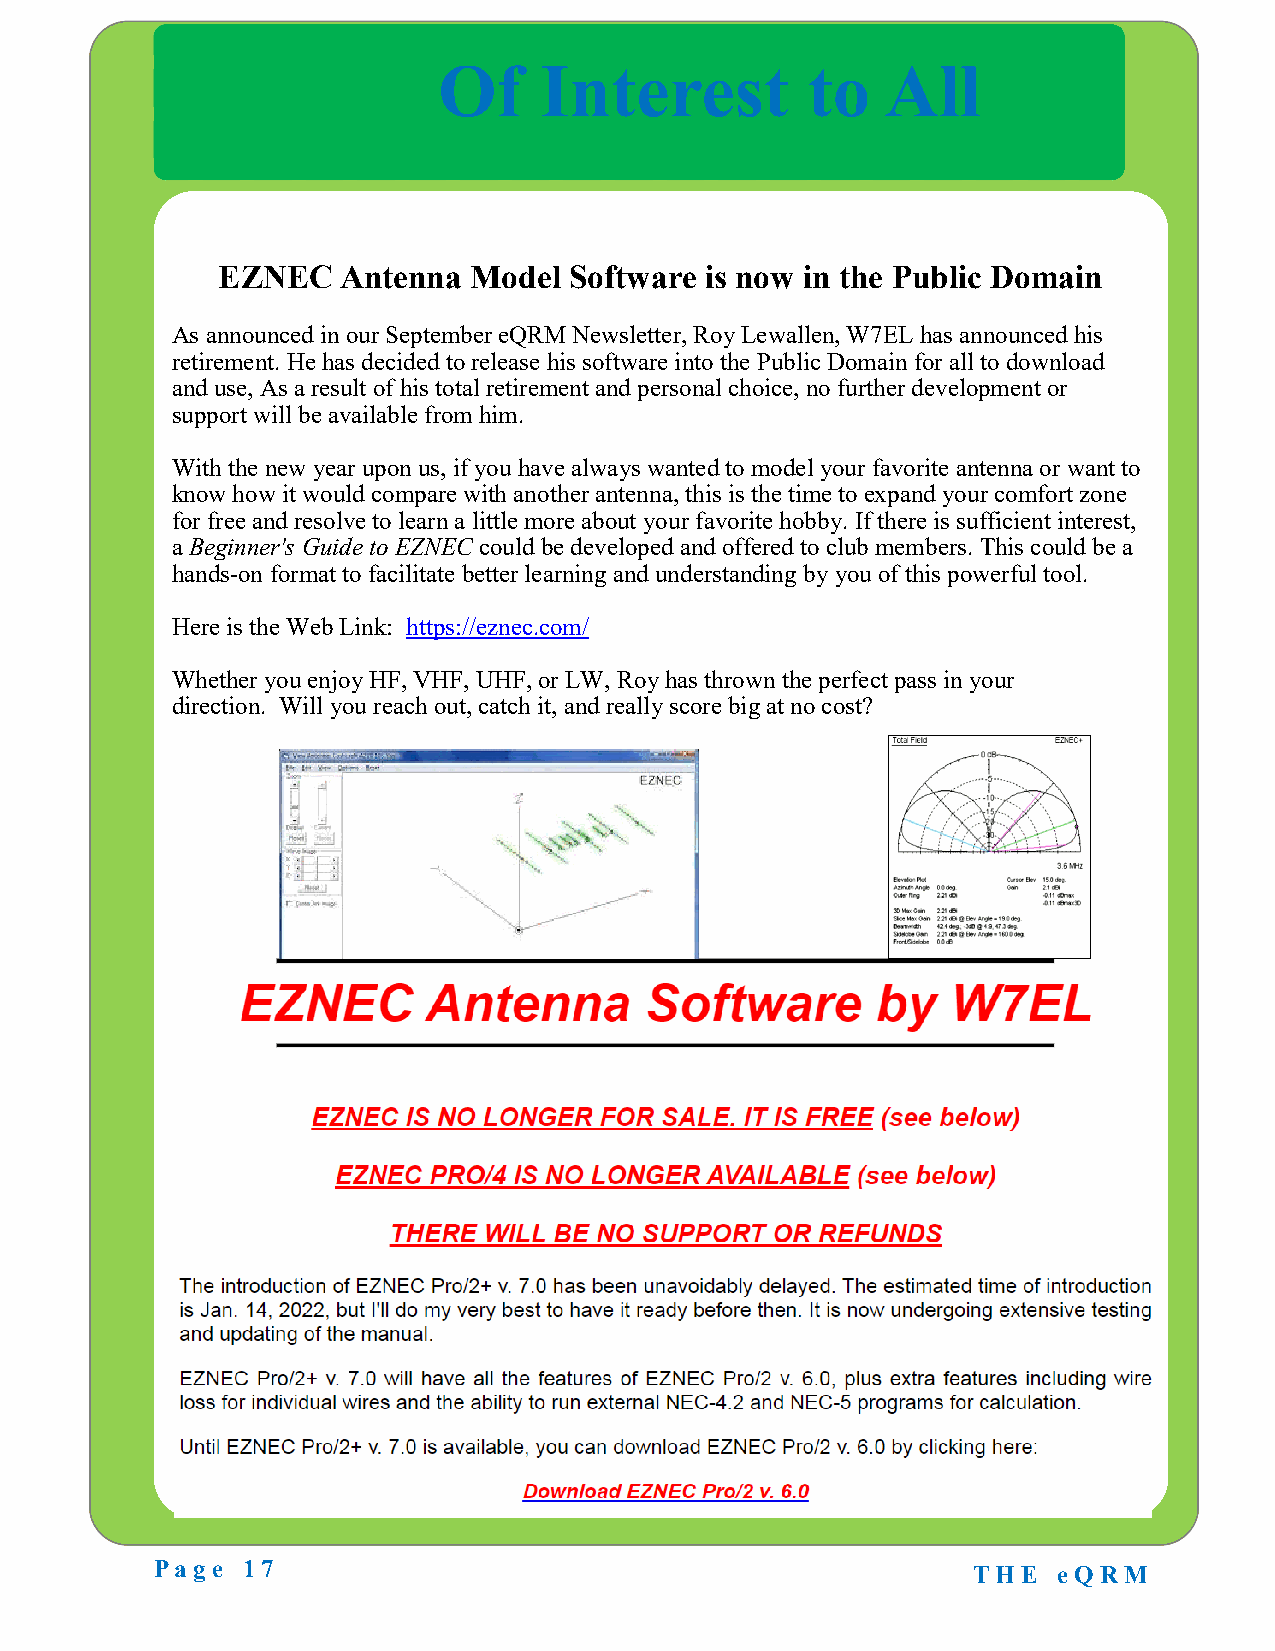
Of     Interest         to    All
 EZNEC   Antenna  Model  Software is now in the Public Domain
 As announced in our September eQRM Newsletter, Roy Lewallen, W7EL has announced his
 retirement. He has decided to release his software into the Public Domain for all to download
 and use, As a result of his total retirement and personal choice, no further development or
 support will be available from him.
 With the new year upon us, if you have always wanted to model your favorite antenna or want to
 know how it would compare with another antenna, this is the time to expand your comfort zone
 for free and resolve to learn a little more about your favorite hobby. If there is sufficient interest,
 a Beginner's Guide to EZNEC could be developed and offered to club members. This could be a
 hands-on format to facilitate better learning and understanding by you of this powerful tool.
 Here is the Web Link: https://eznec.com/
 Whether you enjoy HF, VHF, UHF, or LW, Roy has thrown the perfect pass in your
 direction. Will you reach out, catch it, and really score big at no cost?
 Page  17                                              T H E eQ RM